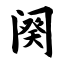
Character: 阕